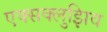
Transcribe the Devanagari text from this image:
एक्सक्लुझिव